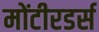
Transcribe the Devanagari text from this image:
मोंटीरडर्स